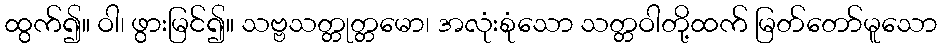
ထွက်၍။ ဝါ၊ ဖွားမြင်၍။ သဗ္ဗသတ္တုတ္တမော၊ အလုံးစုံသော သတ္တဝါတို့ထက် မြတ်တော်မူသော